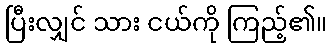
ပြီးလျှင် သား ငယ်ကို ကြည့်၏။